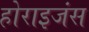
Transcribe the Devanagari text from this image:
होराइजंस